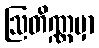
ဩတိဏ္ဏမှာ